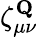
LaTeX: \zeta_{\mu\nu}^{\mathbf{Q}}